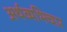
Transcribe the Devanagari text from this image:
अर्थव्यभिचार